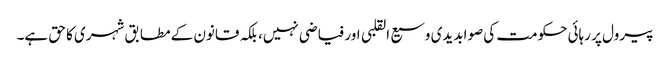
پیرول پر رہائی حکومت کی صوابدیدی وسیع القلبی اور فیاضی نہیں، بلکہ قانون کے مطابق شہری کا حق ہے۔